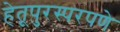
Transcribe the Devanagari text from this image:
हेतूपुरस्परपणे